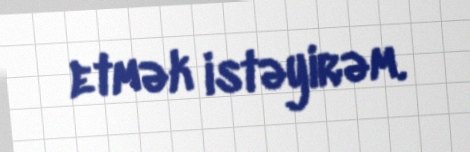
etmək istəyirəm.